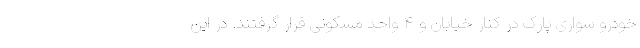
خودرو سواری پارک در کنار خیابان و ۴ واحد مسکونی قرار گرفتند. در این